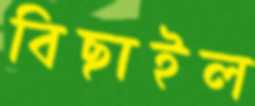
বিছাইল